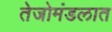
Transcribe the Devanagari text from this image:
तेजोमंडलात